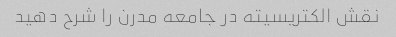
نقش الکتریسیته در جامعه مدرن را شرح دهید